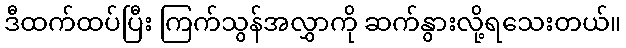
ဒီထက်ထပ်ပြီး ကြက်သွန်အလွှာကို ဆက်နွားလို့ရသေးတယ်။